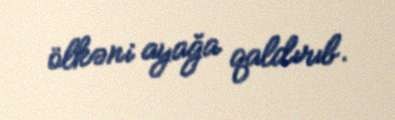
ölkəni ayağa qaldırıb.